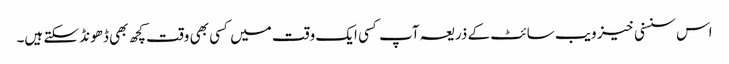
اس سنسنی خیز ویب سائٹ کے ذریعہ آپ کسی ایک وقت میں کسی بھی وقت کچھ بھی ڈھونڈ سکتے ہیں۔